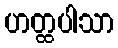
ဟတ္ထပါသာ